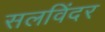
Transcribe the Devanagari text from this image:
सलविंदर